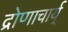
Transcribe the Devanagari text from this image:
द्रोणाचार्य्